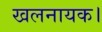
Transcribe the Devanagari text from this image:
खलनायक।